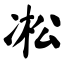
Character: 凇